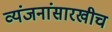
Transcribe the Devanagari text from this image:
व्यंजनांसारखीच